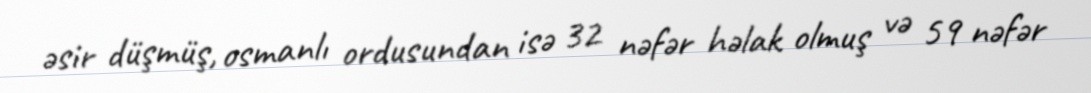
əsir düşmüş, osmanlı ordusundan isə 32 nəfər həlak olmuş və 59 nəfər